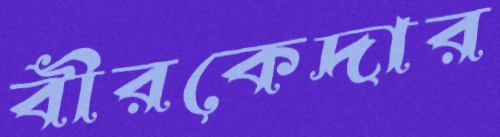
বীরকেদার